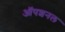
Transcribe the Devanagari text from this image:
ऑपशनल